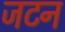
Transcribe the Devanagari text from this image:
जटन